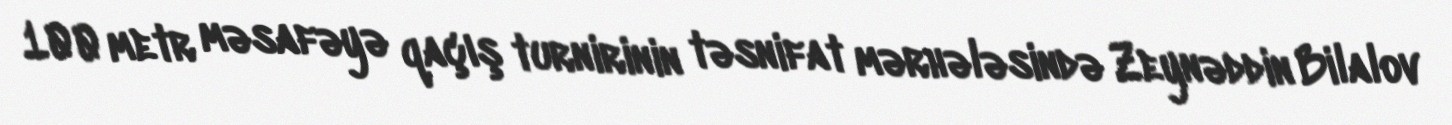
100 metr məsafəyə qaçış turnirinin təsnifat mərhələsində Zeynəddin Bilalov